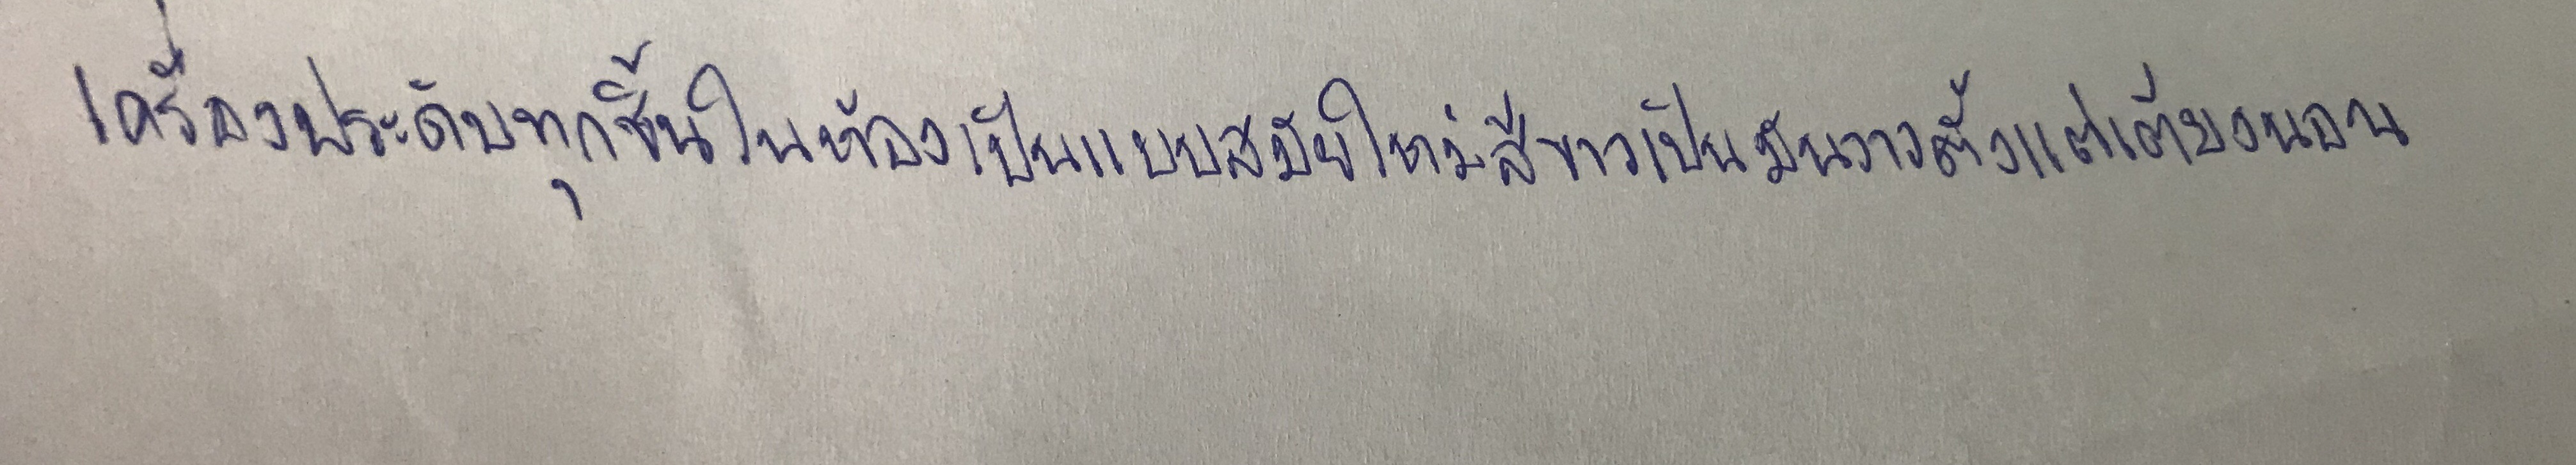
เครื่องประดับทุกชิ้นในห้องเป็นแบบสมัยใหม่สีขาวเป็นมันวาวตั้งแต่เตียงนอน